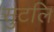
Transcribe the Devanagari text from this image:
सुटलि